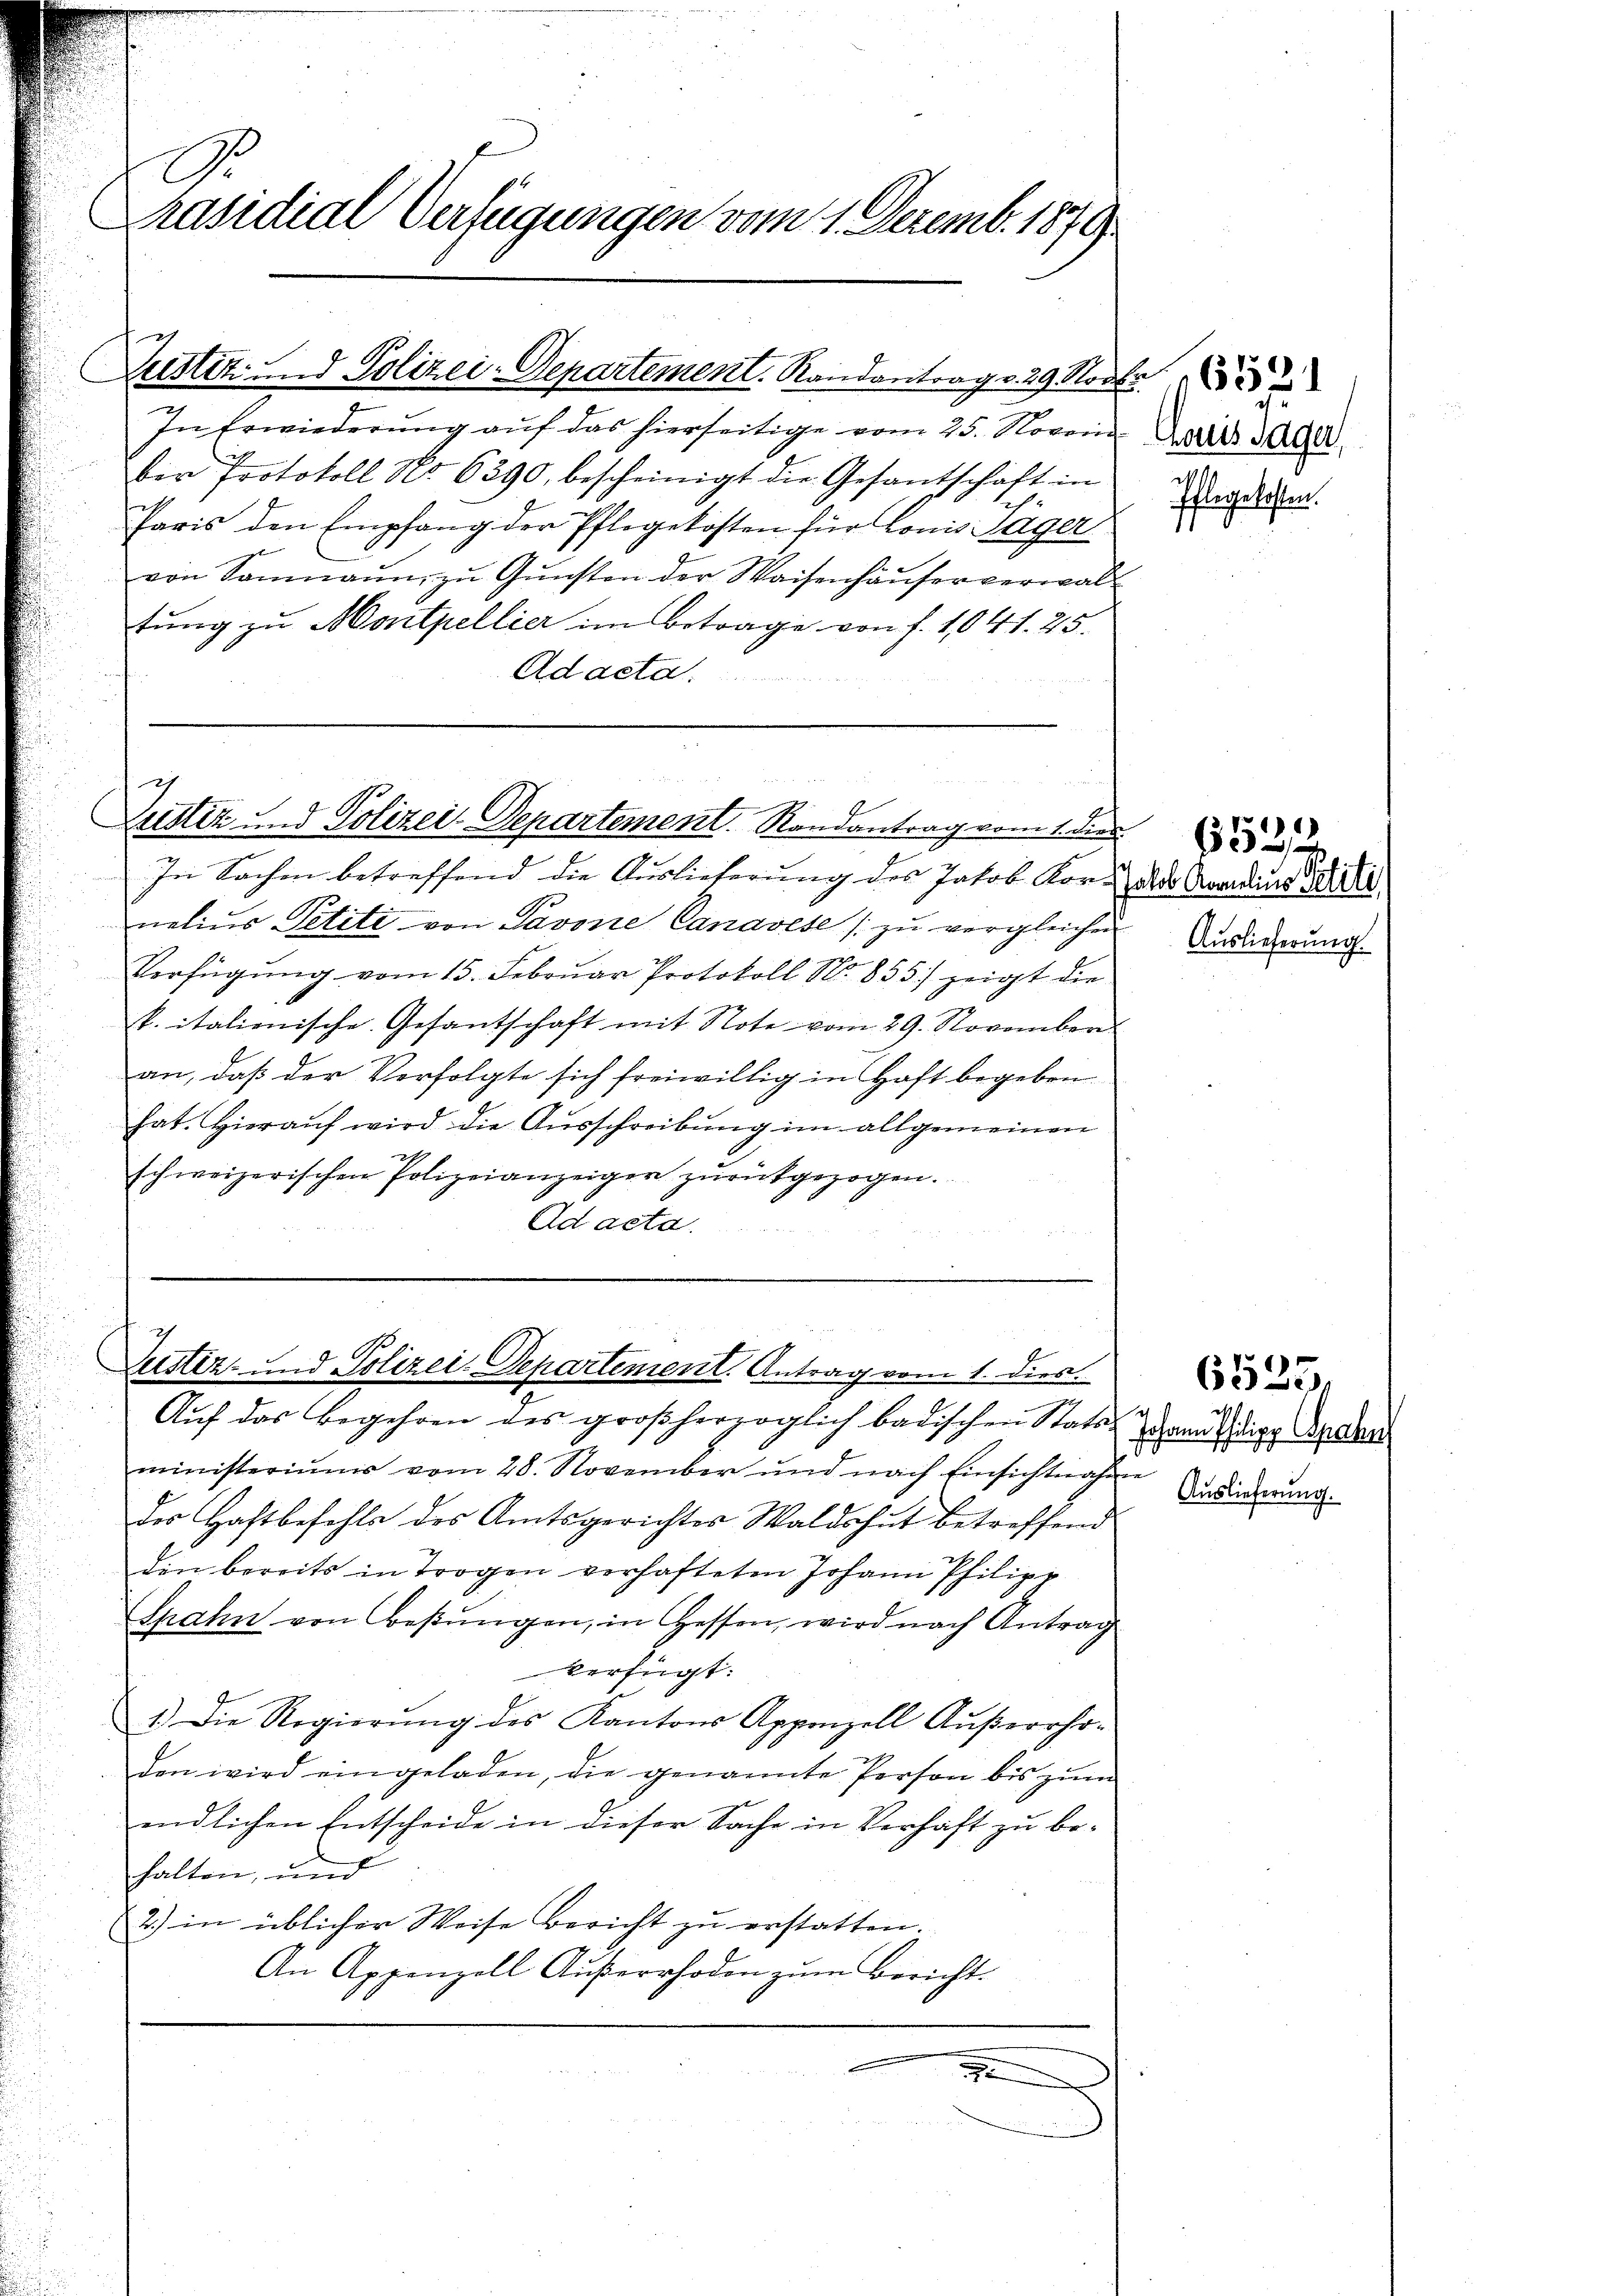
A
Präsidial-Verfügungen vom 1. Dezemb. 1879

Zustiz - Polizei-Departement. Randantrag v. 29. Novbr. 18

In Erwiederŭng aŭf das hierseitige vom 25. Novon Die ag.
ber Protokoll No 6390, bescheinigt die Gesantschaft in
Paris den Empfang der Pflegekosten für Lonis Jäger
von Sonnaŭm zŭ Gŭnsten der Waisenhäuser verwalt
tung zu Moritpellier im Betrage von f. 1041. 25.
Ad acta.

g
Zustiz und Polizei-Departement. Randantrag vom 1. der

.
No. 1.
Justiz- und Polizei-Departement. Antrag vom 1. dies.

In Sachen betreffend die Auslieferung des Jakob Kor u. der Arandung de
nelius Petite von Pavone Canavese zu vergleichen
Verfügung vom 13. Februar Protokoll No. 855) zeigt die
k. italionische Gesantschaft mit Note vom 29. November
an, daß der Verfolgte sich freiwillig in Haft begeben
hat. Hierauf wird die Ausschreibung im allgemeinen
schweizerischen Polizeianzeigen zurückgezogen.
Ad acta.

Aŭf das Begehren des großherzoglich badischen Status auchtige Beden
ministeriums vom 28. November und nach Einsichtnahme
der Haftbefehls des Amtsgerichtes Waldshut betreffend
den bereits in Trogen verhafteten Johann Philipp
Spahn von Besungen, in Hessen, wird nach Antrag
verfügt:
1.) Die Regierŭng des Kantons Appenzell Aŭβerrho-
den wird eingeladen, die genannte Person bis zŭm
endlichen Entscheide in dieser Sache in Verhaft zu behalten, und
2) in üblicher Weise Bericht zu erstatten.
An Appenzell Aŭβerrhoden zŭm Bericht.
1

Pflegekosten.

Auslieferung.

Auslieferung.

6535,